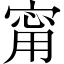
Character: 甯